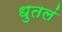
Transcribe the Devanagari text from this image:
धुतलं